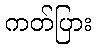
ကတ်ပြား